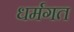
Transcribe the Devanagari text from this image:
धर्मगत